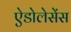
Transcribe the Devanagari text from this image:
ऐडोलेसेंस